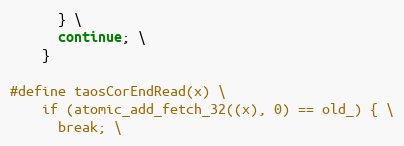
Language: C
      } \
      continue; \
    }

#define taosCorEndRead(x) \
    if (atomic_add_fetch_32((x), 0) == old_) { \
      break; \